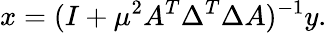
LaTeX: x=(I+\mu^{2}A^{T}\Delta^{T}\Delta A)^{-1}y.